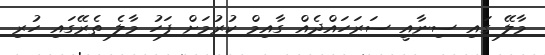
މާލޭ ގައި ސިނާއީ ސަރަހައްދެއްް ގާއިމް ކުރުމަށް ފަހު މާލެ ތެރޭގައި ހުރި